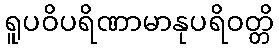
ရူပဝိပရိဏာမာနုပရိဝတ္တိ